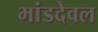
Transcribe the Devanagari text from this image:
भांडदेवल